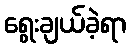
ရွေးချယ်ခဲ့ရာ